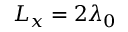
L _ { x } = 2 \lambda _ { 0 }